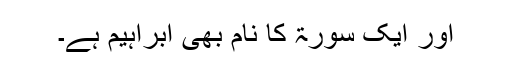
اور ایک سورۃ کا نام بھی ابراہیم ہے۔